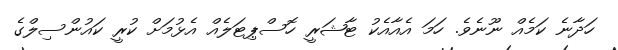
ހަދާނެ ކަމެއް ނޫނެވެ. ހަމަ އެއާއެކު ޓާޝަރީ ހޮސްޕިޓަލެއް އެޅުމަށް ކުރީ ކައުންސިލްގެ